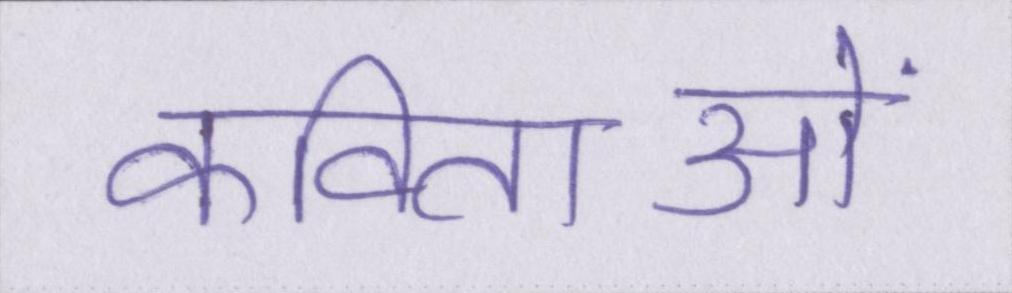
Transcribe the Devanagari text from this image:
कविताओं